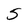
Character: 5